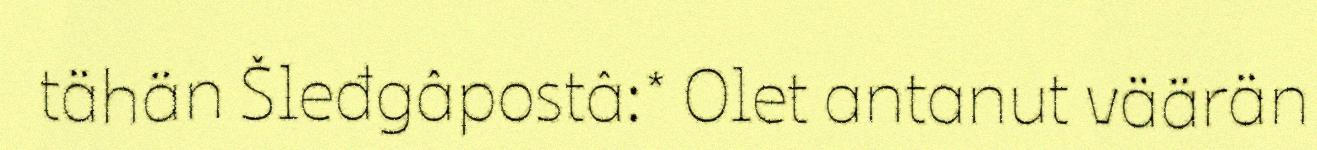
tähän Šleđgâpostâ:* Olet antanut väärän